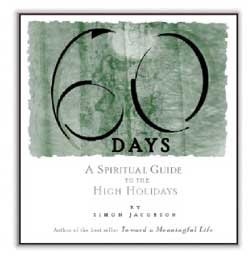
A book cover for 60 Days: A Spiritual Guide to the High Holidays; Simon Jacobson; Religion & Spirituality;